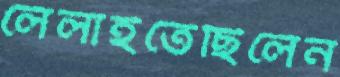
লেলাইতেছিলেন